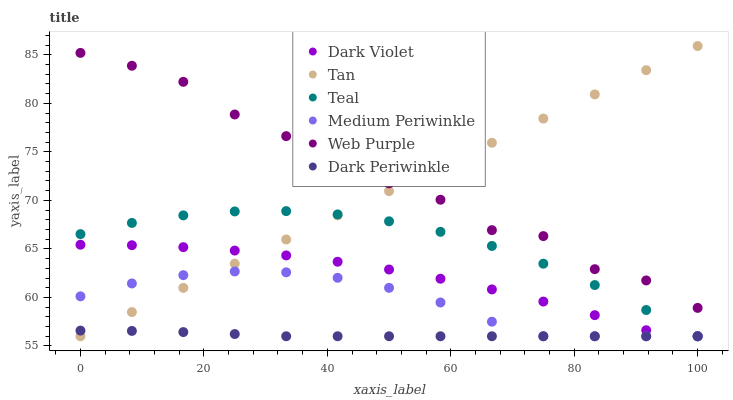
| xaxis_label | Dark Violet | Tan | Teal | Medium Periwinkle | Web Purple | Dark Periwinkle |
 | --- | --- | --- | --- | --- | --- | --- |
 | 0 | 65.4 | 56 | 66.5 | 60.1 | 85.2 | 56.6 |
 | 8.33 | 65.4 | 58.5 | 67.7 | 61.4 | 83.9 | 56.5 |
 | 16.7 | 65.2 | 61 | 68.5 | 62.3 | 82.2 | 56.4 |
 | 25 | 64.8 | 63.5 | 68.9 | 62.7 | 78.9 | 56.2 |
 | 33.3 | 64.3 | 66 | 68.9 | 62.6 | 76.6 | 56 |
 | 41.7 | 63.7 | 68.5 | 68.6 | 62 | 73.8 | 56 |
 | 50 | 62.9 | 71 | 67.8 | 61 | 71.8 | 56 |
 | 58.3 | 61.9 | 73.4 | 66.8 | 59.5 | 70.1 | 56 |
 | 66.7 | 60.8 | 75.9 | 65.3 | 57.5 | 66.9 | 56 |
 | 75 | 59.6 | 78.4 | 63.5 | 56 | 66.3 | 56 |
 | 83.3 | 58.2 | 80.9 | 61.3 | 56 | 62.9 | 56 |
 | 91.7 | 56.6 | 83.4 | 58.7 | 56 | 61.8 | 56 |
 | 100 | 56 | 85.9 | 56 | 56 | 58.9 | 56 |